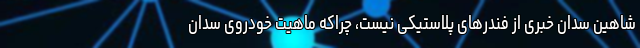
شاهین سدان خبری از فندرهای پلاستیکی نیست، چراکه ماهیت خودروی سدان